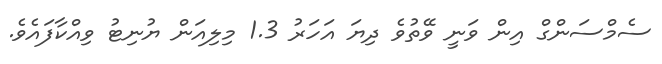
ސެމްސަންގް އިން ވަނީ ވޭތުވެ ދިޔަ އަހަރު 1.3 މިލިއަން ޔުނިޓު ވިއްކާފައެވެ.